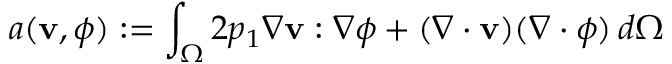
a ( \mathbf { v } , \boldsymbol { \phi } ) : = \int _ { \Omega } 2 p _ { 1 } \nabla \mathbf { v } : \nabla \boldsymbol { \phi } + ( \nabla \cdot \mathbf { v } ) ( \nabla \cdot \boldsymbol { \phi } ) \, d \Omega